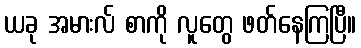
ယခု အမားလ် စာကို လူတွေ ဖတ်နေကြပြီ။